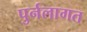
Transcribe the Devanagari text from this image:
पुर्नलागत